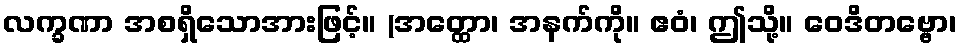
လက္ခဏာ အစရှိသောအားဖြင့်။ (အတ္ထော၊ အနက်ကို။ ဧဝံ၊ ဤသို့။ ဝေဒိတဗ္ဗော၊